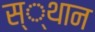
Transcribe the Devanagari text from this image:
स्‍्थान